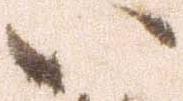
い